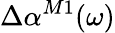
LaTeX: \Delta\alpha^{M1}(\omega)